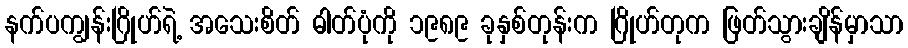
နက်ပကျွန်းဂြိုဟ်ရဲ့ အသေးစိတ် ဓါတ်ပုံကို ၁၉၈၉ ခုနှစ်တုန်းက ဂြိုဟ်တုက ဖြတ်သွားချိန်မှာသာ